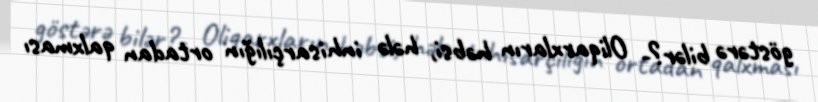
göstərə bilər?- Oliqarxların həbsi, hələ inhisarçılığın ortadan qalxması